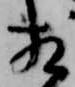
相